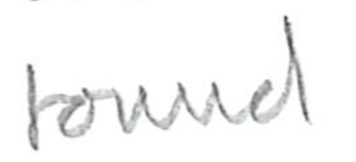
Text: found
Cross-out: clean
Writing tool: pencil